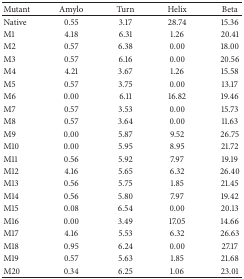
<table><thead><tr><td><b>Mutant</b></td><td><b>Amylo</b></td><td><b>Turn</b></td><td><b>Helix</b></td><td><b>Beta</b></td></tr></thead><tbody><tr><td>Native</td><td>0.55</td><td>3.17</td><td>28.74</td><td>15.36</td></tr><tr><td>M1</td><td>4.18</td><td>6.31</td><td>1.26</td><td>20.41</td></tr><tr><td>M2</td><td>0.57</td><td>6.38</td><td>0.00</td><td>18.00</td></tr><tr><td>M3</td><td>0.57</td><td>6.16</td><td>0.00</td><td>20.56</td></tr><tr><td>M4</td><td>4.21</td><td>3.67</td><td>1.26</td><td>15.58</td></tr><tr><td>M5</td><td>0.57</td><td>3.75</td><td>0.00</td><td>13.17</td></tr><tr><td>M6</td><td>0.00</td><td>6.11</td><td>16.82</td><td>19.46</td></tr><tr><td>M7</td><td>0.57</td><td>3.53</td><td>0.00</td><td>15.73</td></tr><tr><td>M8</td><td>0.57</td><td>3.64</td><td>0.00</td><td>11.63</td></tr><tr><td>M9</td><td>0.00</td><td>5.87</td><td>9.52</td><td>26.75</td></tr><tr><td>M10</td><td>0.00</td><td>5.95</td><td>8.95</td><td>21.72</td></tr><tr><td>M11</td><td>0.56</td><td>5.92</td><td>7.97</td><td>19.19</td></tr><tr><td>M12</td><td>4.16</td><td>5.65</td><td>6.32</td><td>26.40</td></tr><tr><td>M13</td><td>0.56</td><td>5.75</td><td>1.85</td><td>21.45</td></tr><tr><td>M14</td><td>0.56</td><td>5.80</td><td>7.97</td><td>19.42</td></tr><tr><td>M15</td><td>0.08</td><td>6.54</td><td>0.00</td><td>20.13</td></tr><tr><td>M16</td><td>0.00</td><td>3.49</td><td>17.05</td><td>14.66</td></tr><tr><td>M17</td><td>4.16</td><td>5.53</td><td>6.32</td><td>26.63</td></tr><tr><td>M18</td><td>0.95</td><td>6.24</td><td>0.00</td><td>27.17</td></tr><tr><td>M19</td><td>0.57</td><td>5.63</td><td>1.85</td><td>21.68</td></tr><tr><td>M20</td><td>0.34</td><td>6.25</td><td>1.06</td><td>23.01</td></tr></tbody></table>